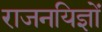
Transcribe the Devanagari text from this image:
राजनयिज्ञों